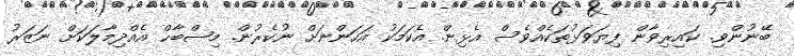
ބޭނުންވި. ކައިރިވާން ފިޔަވަޅުތަކެއްވެސް އެޅިން. އެކަމަކު އަހަންނަށް ނުކެރުން. މިޞްބާޙް އެއްދިމާލަކަށް ނަޒަރު